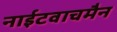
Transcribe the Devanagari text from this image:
नाईटवाचमैन